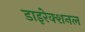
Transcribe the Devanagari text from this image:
डाइरेक्शनल